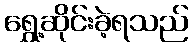
ရွှေ့ဆိုင်းခဲ့ရသည်